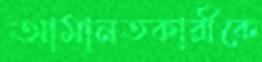
আমানতকারীকে